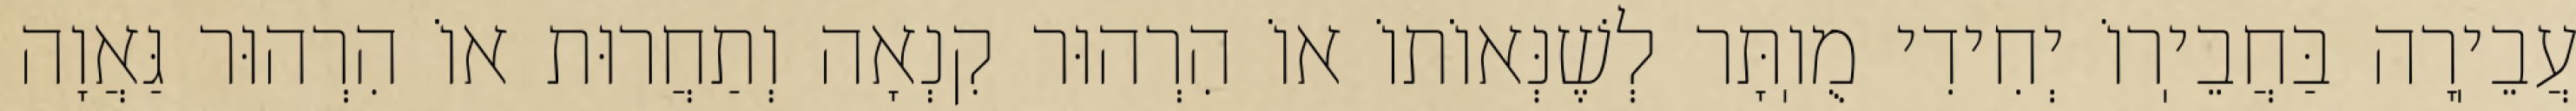
עֲבֵיֽרָה בַּחֲבֵיֽרוֹ יְחִידִי מֻוֽתָּר לְשֶׁנְּאוֹתוֹ אוֹ הִרְהוּר קִנְאָה וְתַחֲרוּת אוֹ הִרְהוּר גַּאֲוָה